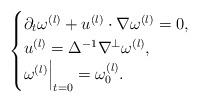
LaTeX: \begin{align*}\begin{cases}\partial_t \omega^{(l)} + u^{(l)} \cdot \nabla \omega^{(l)} =0, \\u^{(l)}=\Delta^{-1} \nabla^{\perp} \omega^{(l)},\\\omega^{(l)}\Bigr|_{t=0} =\omega_0^{(l)}.\end{cases}\end{align*}